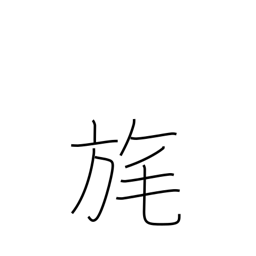
Meaning: tassel on a flag